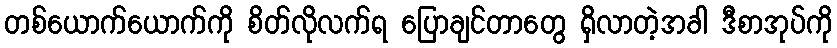
တစ်ယောက်ယောက်ကို စိတ်လိုလက်ရ ပြောချင်တာတွေ ရှိလာတဲ့အခါ ဒီစာအုပ်ကို